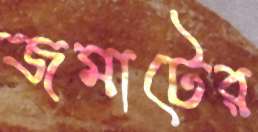
জমাটের